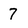
Character: 7